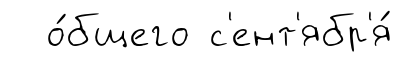
о́бщего с'ент'ябр'я́